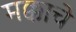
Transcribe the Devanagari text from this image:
मक्काचे